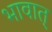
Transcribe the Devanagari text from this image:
भावात्